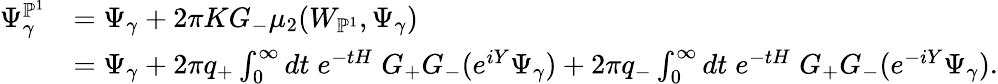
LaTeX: \begin{array}{rl}{\Psi_{\gamma}^{\mathbb{P}^{1}}}&{=\Psi_{\gamma}+2\pi KG_{-}\mu_{2}(W_{\mathbb{P}^{1}},\Psi_{\gamma})}\\ &{=\Psi_{\gamma}+2\pi q_{+}\int_{0}^{\infty}dt\; e^{-tH}\; G_{+}G_{-}(e^{iY}\Psi_{\gamma})+2\pi q_{-}\int_{0}^{\infty}dt\; e^{-tH}\; G_{+}G_{-}(e^{-iY}\Psi_{\gamma}).}\end{array}